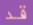
قد